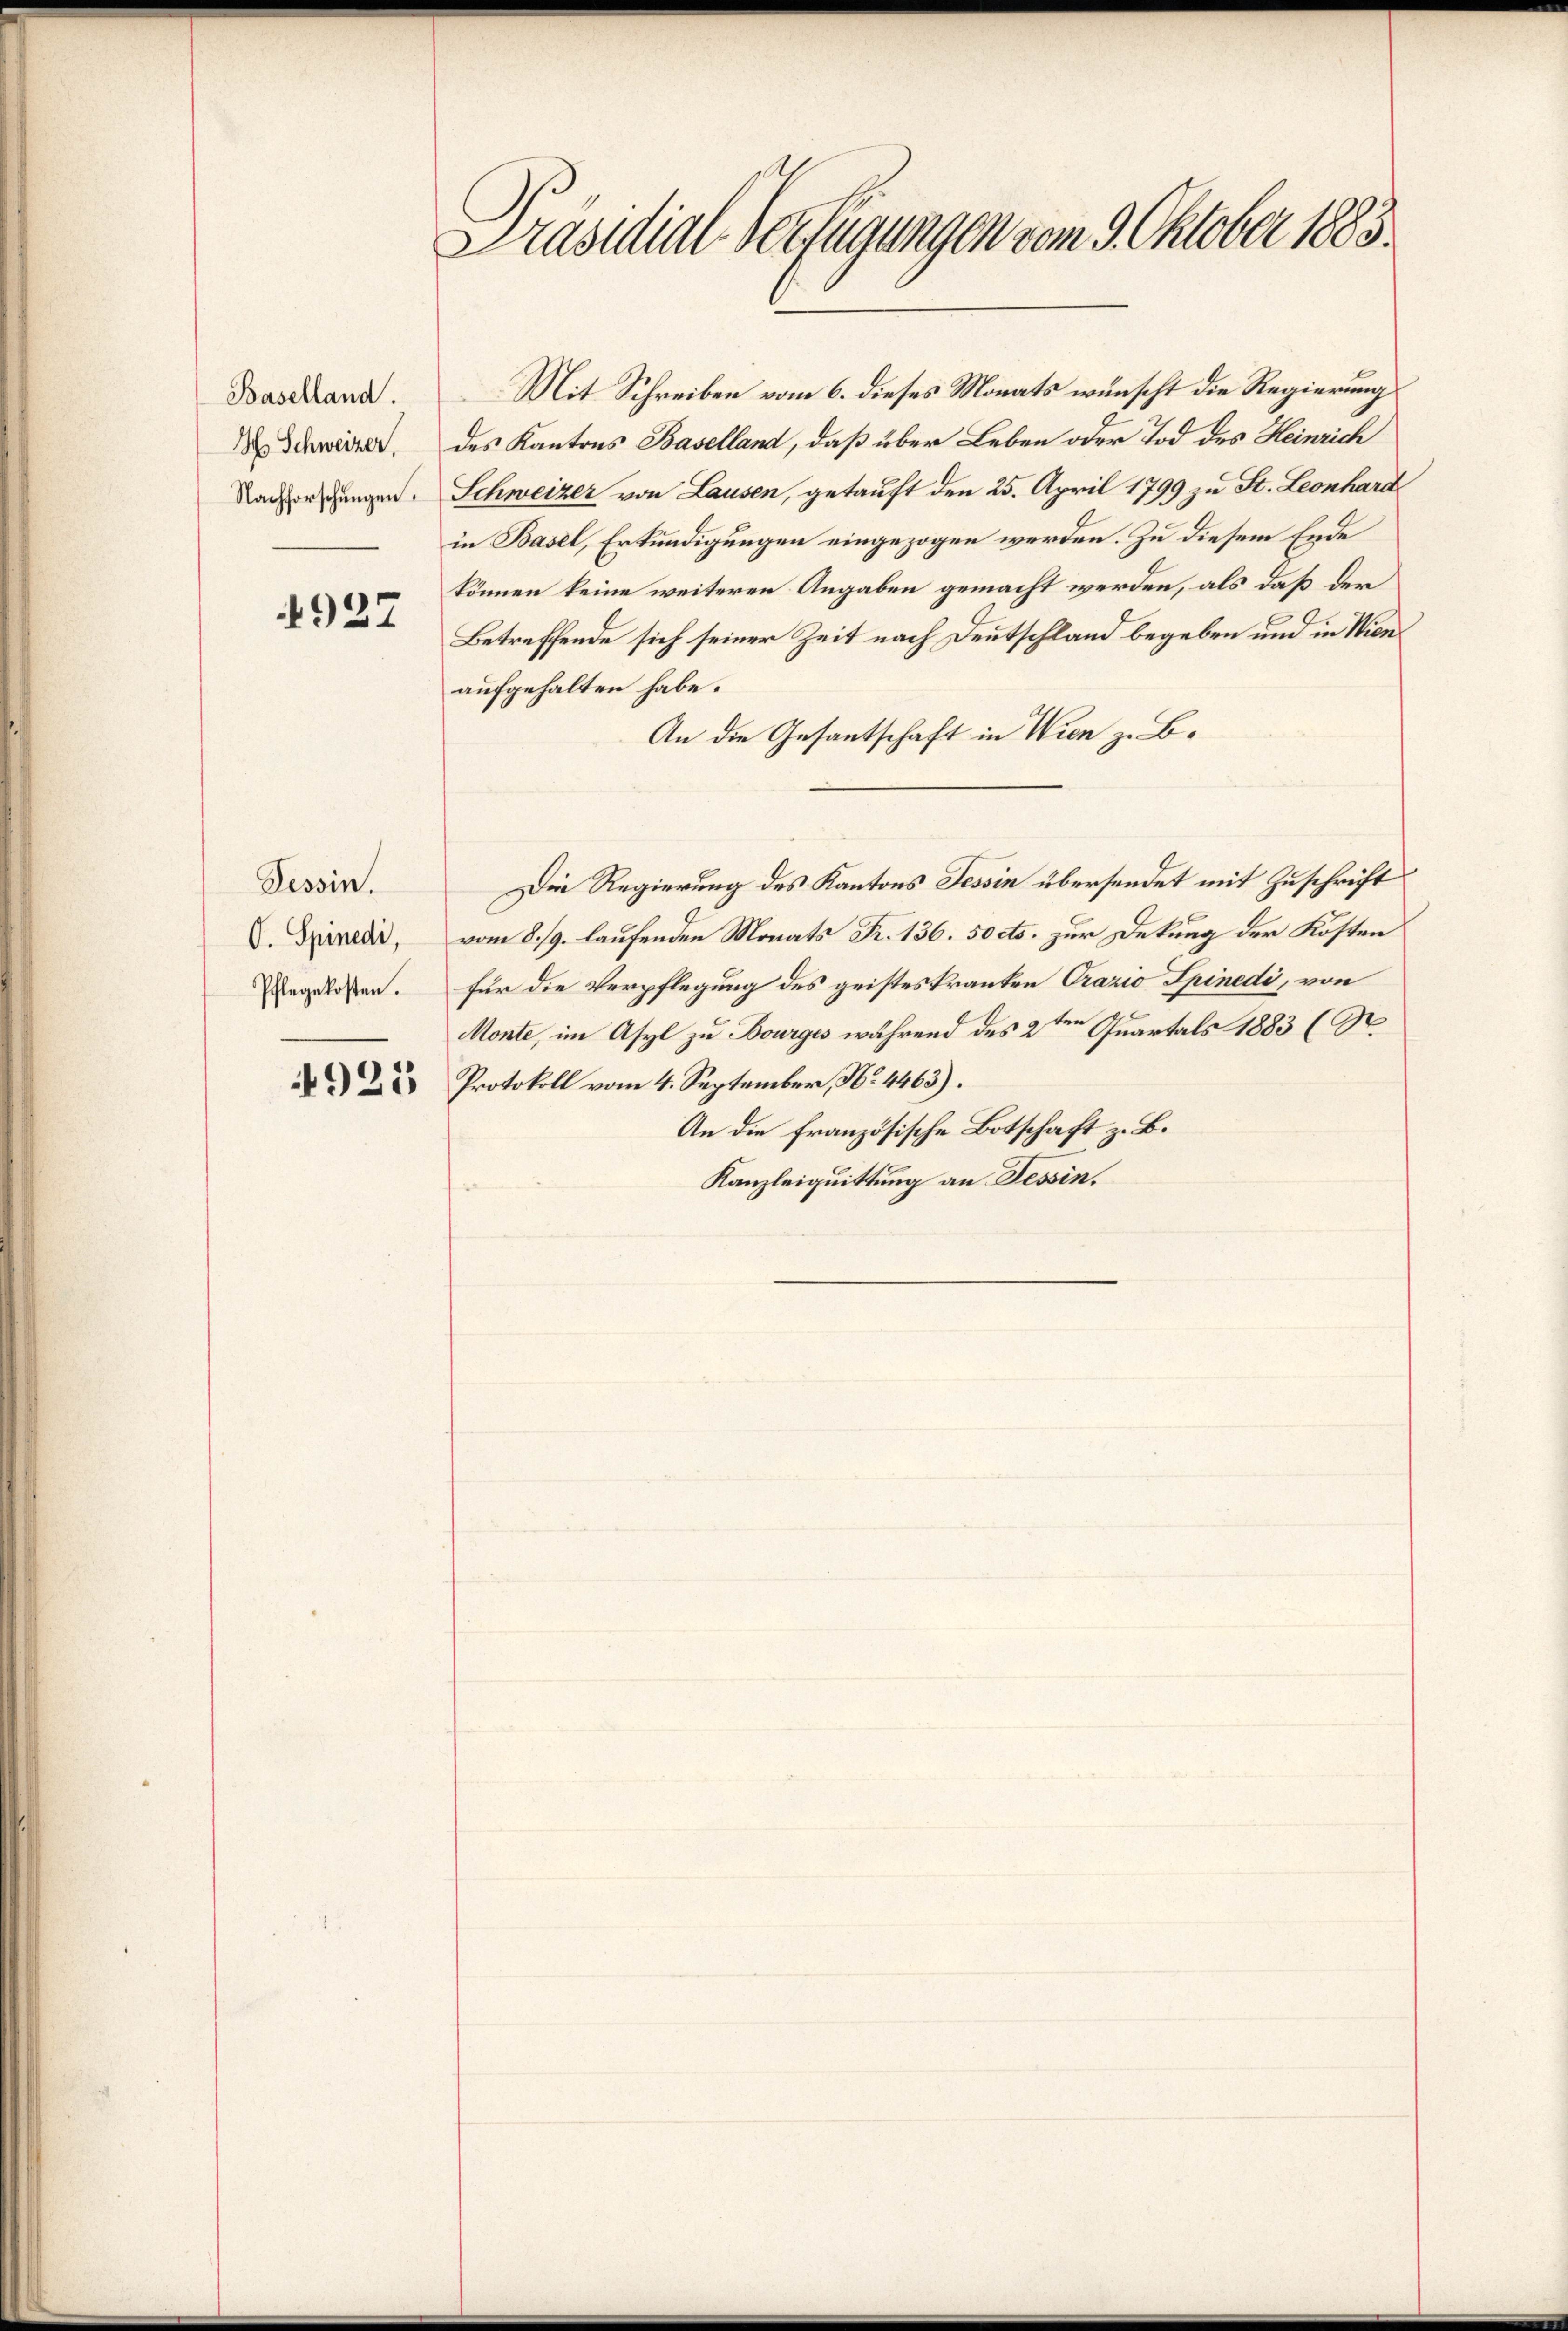
Baselland.
Hch. Schweizer,
Nachforschungen.

4927

Tessin.
O. Spinedi,
Pflegekosten.

4923

Präsidial-Verfügungen vom 9. Oktober 1883.

Mit Schreiben vom 6. dieses Monats wünscht die Regierung
des Kantons Baselland, daß über Leben oder Tod des Heinrich
Schweizer von Lausen, getauft den 25. April 1799 zu St. Leonhara
in Basel, Erkundigungen eingezogen werden. Zu diesem Ende
können keine weiteren Angaben gemacht werden, als daß der
Betreffende sich seiner Zeit nach Deutschland begeben und in Wienaufgehalten habe.
An die Gesantschaft in Wien z. B.
Die Regierung des Kantons Tessin übersendet mit Zuschrift
vom 8./9. laufenden Monats R. 136. 50 cts. zur Dekung der Kosten
Für die Verpflegung des geistes Kranken Orazio Spinedi, von
Monte, im Asyl zu Bourges während des 2ten Quartals 1883 (S.
Protokoll vom 4. September, No. 4463).
An die französische Botschaft z. B.
Kanzleiquittung an Tessin.